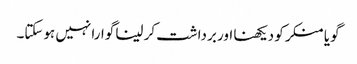
گویا منکر کو دیکھنا اور برداشت کر لینا گوارا نہیں ہوسکتا۔